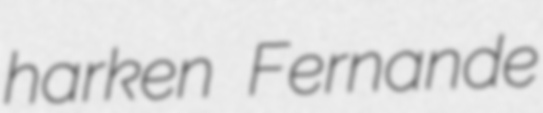
harken Fernande